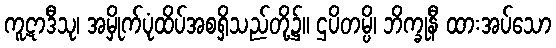
ကူဋာဒီသု၊ အမှိုက်ပုံထိပ်အစရှိသည်တို့၌။ ဌပိတမ္ပိ၊ ဘိက္ခုနီ ထားအပ်သော